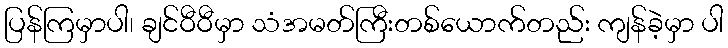
ပြန်ကြမှာပါ၊ ချင်ဝီဝီမှာ သံအမတ်ကြီးတစ်ယောက်တည်း ကျန်ခဲ့မှာ ပါ